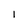
Character: 1